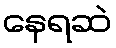
နေရဆဲ